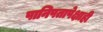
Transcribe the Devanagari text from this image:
पानिपतापेक्षाही